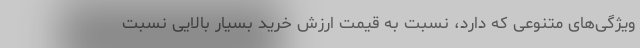
ویژگی‌های متنوعی که دارد، نسبت به قیمت ارزش خرید بسیار بالایی نسبت